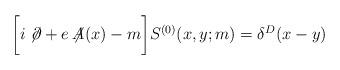
LaTeX: \begin{align*}\biggl[ i\not{\!\partial}+e\not{\!\!A(x)}-m\biggr] S^{(0)}(x,y;m)=\delta^{D}(x-y)\end{align*}